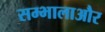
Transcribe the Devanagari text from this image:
सम्भालाऔर